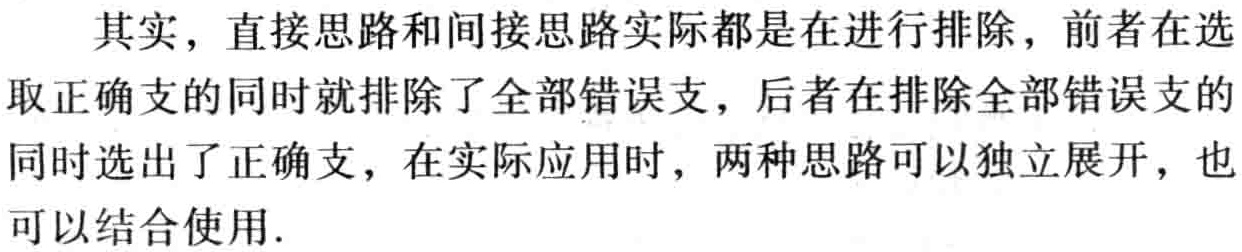
其实，直接思路和间接思路实际都是在进行排除，前者在选取正确支的同时就排除了全部错误支，后者在排除全部错误支的同时选出了正确支，在实际应用时，两种思路可以独立展开，也可以结合使用.